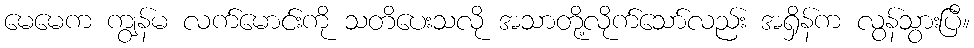
မေမေက ကျွန်မ လက်မောင်းကို သတိပေးသလို အသာတို့လိုက်သော်လည်း အရှိန်က လွန်သွားပြီ။